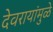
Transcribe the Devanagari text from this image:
देवरायांमुळे